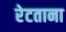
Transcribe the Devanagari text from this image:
रेटताना